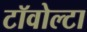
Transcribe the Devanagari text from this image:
टॉवोल्‍टा